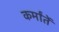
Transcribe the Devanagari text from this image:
कर्मांतें